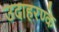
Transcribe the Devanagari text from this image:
उदाहरण्के